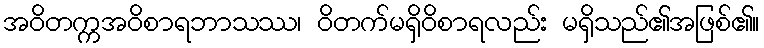
အဝိတက္ကအဝိစာရဘာသဿ၊ ဝိတက်မရှိဝိစာရလည်း မရှိသည်၏အဖြစ်၏။